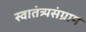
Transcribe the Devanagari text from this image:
स्वातंत्र्यसंग्राम